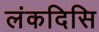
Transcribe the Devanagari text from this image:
लंकदिसि